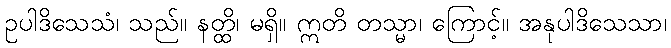
ဥပါဒိသေသံ၊ သည်။ နတ္ထိ၊ မရှိ။ ဣတိ တသ္မာ၊ ကြောင့်။ အနုပါဒိသေသာ၊